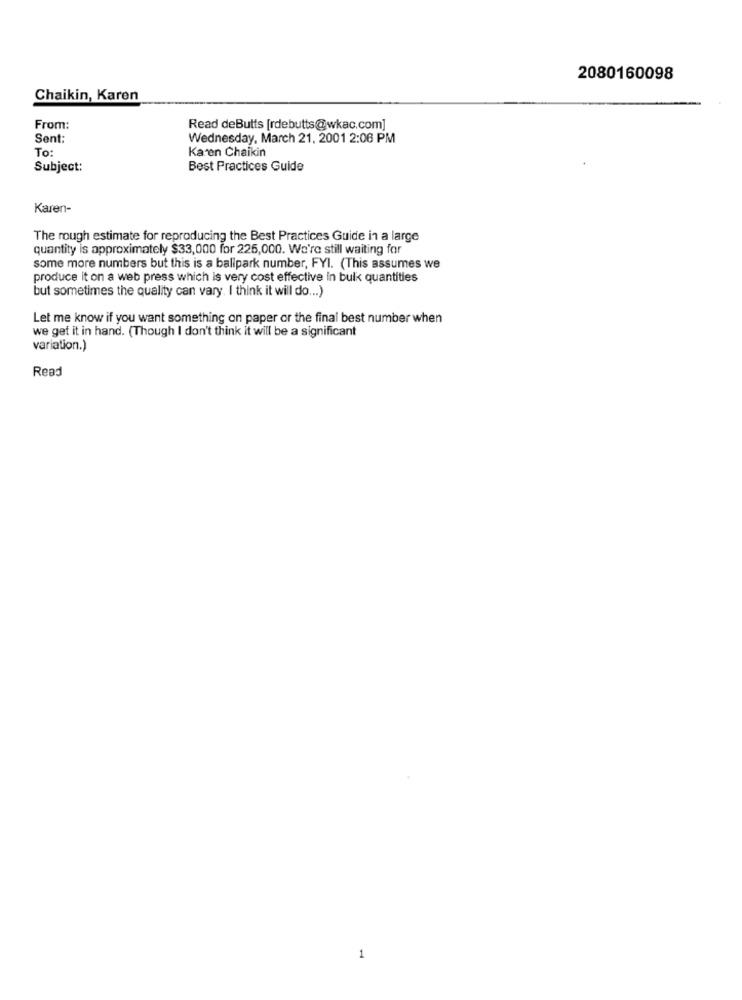
2080160098
Chaikin, Karen
From:
Read deButts [rdebutts@wkac.com]
Sent:
Wednesday, March 21, 2001 2:06 PM
To:
Karen Chaikin
Subject:
Best Practices Guide
Karen-
The rough estimate for reproducing the Best Practices Guide in a large
quantity is approximately $33,000 for 225,000. We're still waiting for
some more numbers but this is a ballpark number, FYI. (This assumes we
produce it on a web press which is very cost effective in bulk quantities
but sometimes the quality can vary. I think it will do ... )
Let me know if you want something on paper or the final best number when
we get it in hand. (Though I don't think it will be a significant
variation.)
Read
1